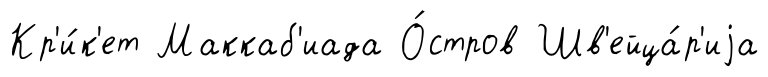
Кр'и́к'ет Маккаб'иада О́стров Шв'ейца́р'иjа